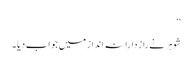
‘‘
شوہر نے راز دارانہ انداز میں جواب دیا ۔